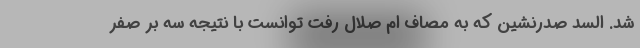
شد. السد صدرنشین که به مصاف ام صلال رفت توانست با نتیجه سه بر صفر